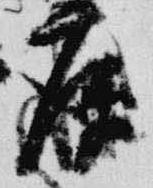
庚